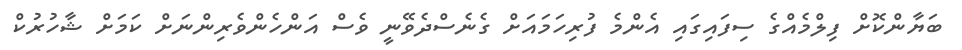
ބަޔާންކޮށް ފިލްމެއްގެ ސިފައިގައި އެންމެ ފުރިހަމައަށް ގެނެސްދެވޭނީ ވެސް އަންހެންވެރިންނަށް ކަމަށް ޝާހުރުކް